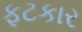
ફટકાર